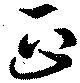
正